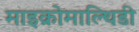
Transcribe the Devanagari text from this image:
माइक्रोमाल्थिडी